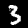
Digit: 3